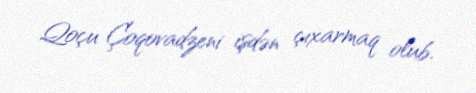
Qoçu Çoqovadzeni işdən çıxarmaq olub.